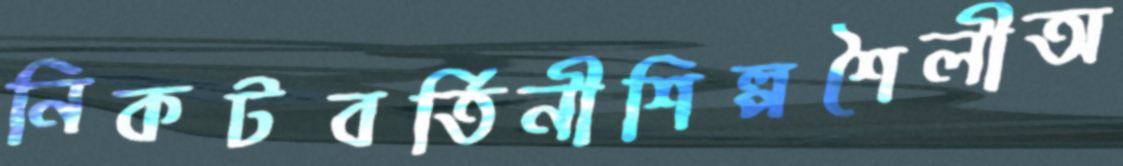
নিকটবর্তিনীশিল্পশৈলীঅ